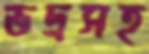
ভদ্রসহ